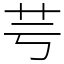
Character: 芌